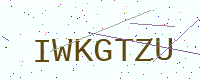
Text: IWKGTZU